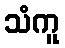
သံကူ